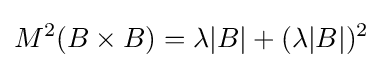
M^{2}(B\times B)=\lambda |B|+(\lambda |B|)^{2}